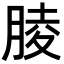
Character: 𦝄